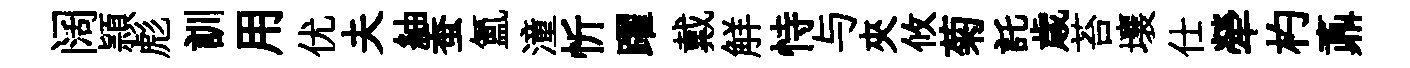
阔頴彪訓用优夫紬蚕氳潼忻躍戴觧恃与夾攸菊託歳苔壤仕犖杓鼒